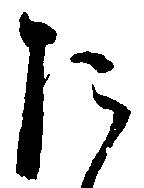
た